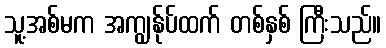
သူ့အစ်မက အကျွန်ုပ်ထက် တစ်နှစ် ကြီးသည်။